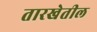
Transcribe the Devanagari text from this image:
तारखेतील